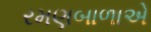
રમણબાળાએ